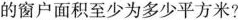
的窗户面积至少为多少平方米?